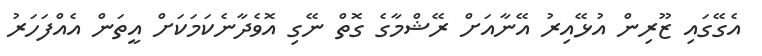
އެގޭގައި ޒޫރިން އުޅޭއިރު އޭނާއަށް ރޭޝްމާގެ ގޮތް ނޭގި އޮވެދާނެކަމަކަށް އީތަން އެއްފަހަރު